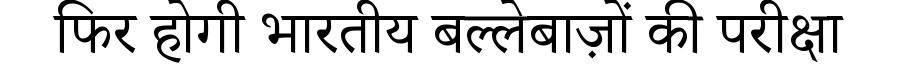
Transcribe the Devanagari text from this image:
फिर होगी भारतीय बल्लेबाज़ों की परीक्षा